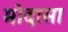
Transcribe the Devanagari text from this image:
मोदासा